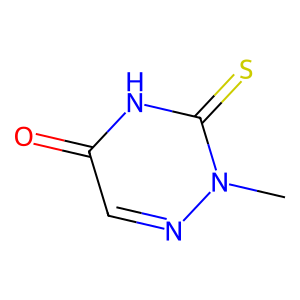
SMILES: Cn1ncc(=O)[nH]c1=S
Inhibits HIV replication: No